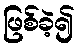
ဖြစ်ခဲ့၍